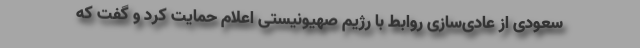
سعودی از عادی‌سازی روابط با رژیم صهیونیستی اعلام حمایت کرد و گفت که